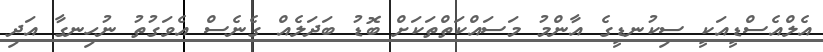
އެލްއެސްޑީއަކީ ސިކުނޑީގެ އާންމު މަސައްކަތްތަކަށް ބޮޑު ބަދަލެއް ގެނެސް އެވަގުތު ނުހިނގާ އަދި